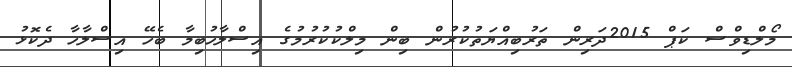
މޯލްޑިވްސް ކަޕް 2015ދަރިން ތަރުބިއްޔަތުކުރުން ބިން މިލްކުކުރުމުގެ އިސްލާހުބިމާ ބެހޭ އިސްލާހާ ދެކޮޅު